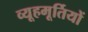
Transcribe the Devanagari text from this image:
व्यूहमूर्तियों